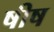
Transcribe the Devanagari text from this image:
षीष